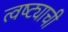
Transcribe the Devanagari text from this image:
त्वष्ट्याची